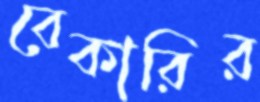
বেকারির